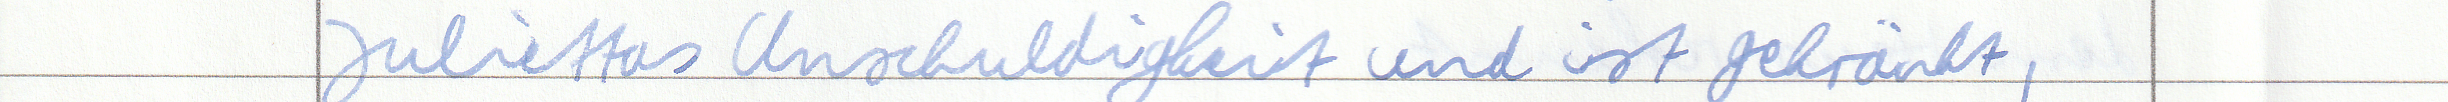
Juliettas Unschuldigkeit und ist gekränkt,